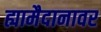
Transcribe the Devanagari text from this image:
ह्यामैदानावर